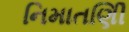
નિમાતણિી